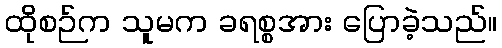
ထိုစဉ်က သူမက ခရစ္စအား ပြောခဲ့သည်။